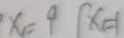
x _ { 1 } = 9 x _ { 1 } = 1